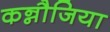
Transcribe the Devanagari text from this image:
कन्नौजिया